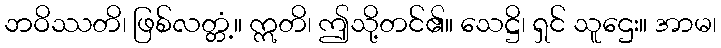
ဘဝိဿတိ၊ ဖြစ်လတ္တံ့။ ဣတိ၊ ဤသို့တင်၏။ သေဋ္ဌိ၊ ရှင် သူဌေး။ အာမ၊